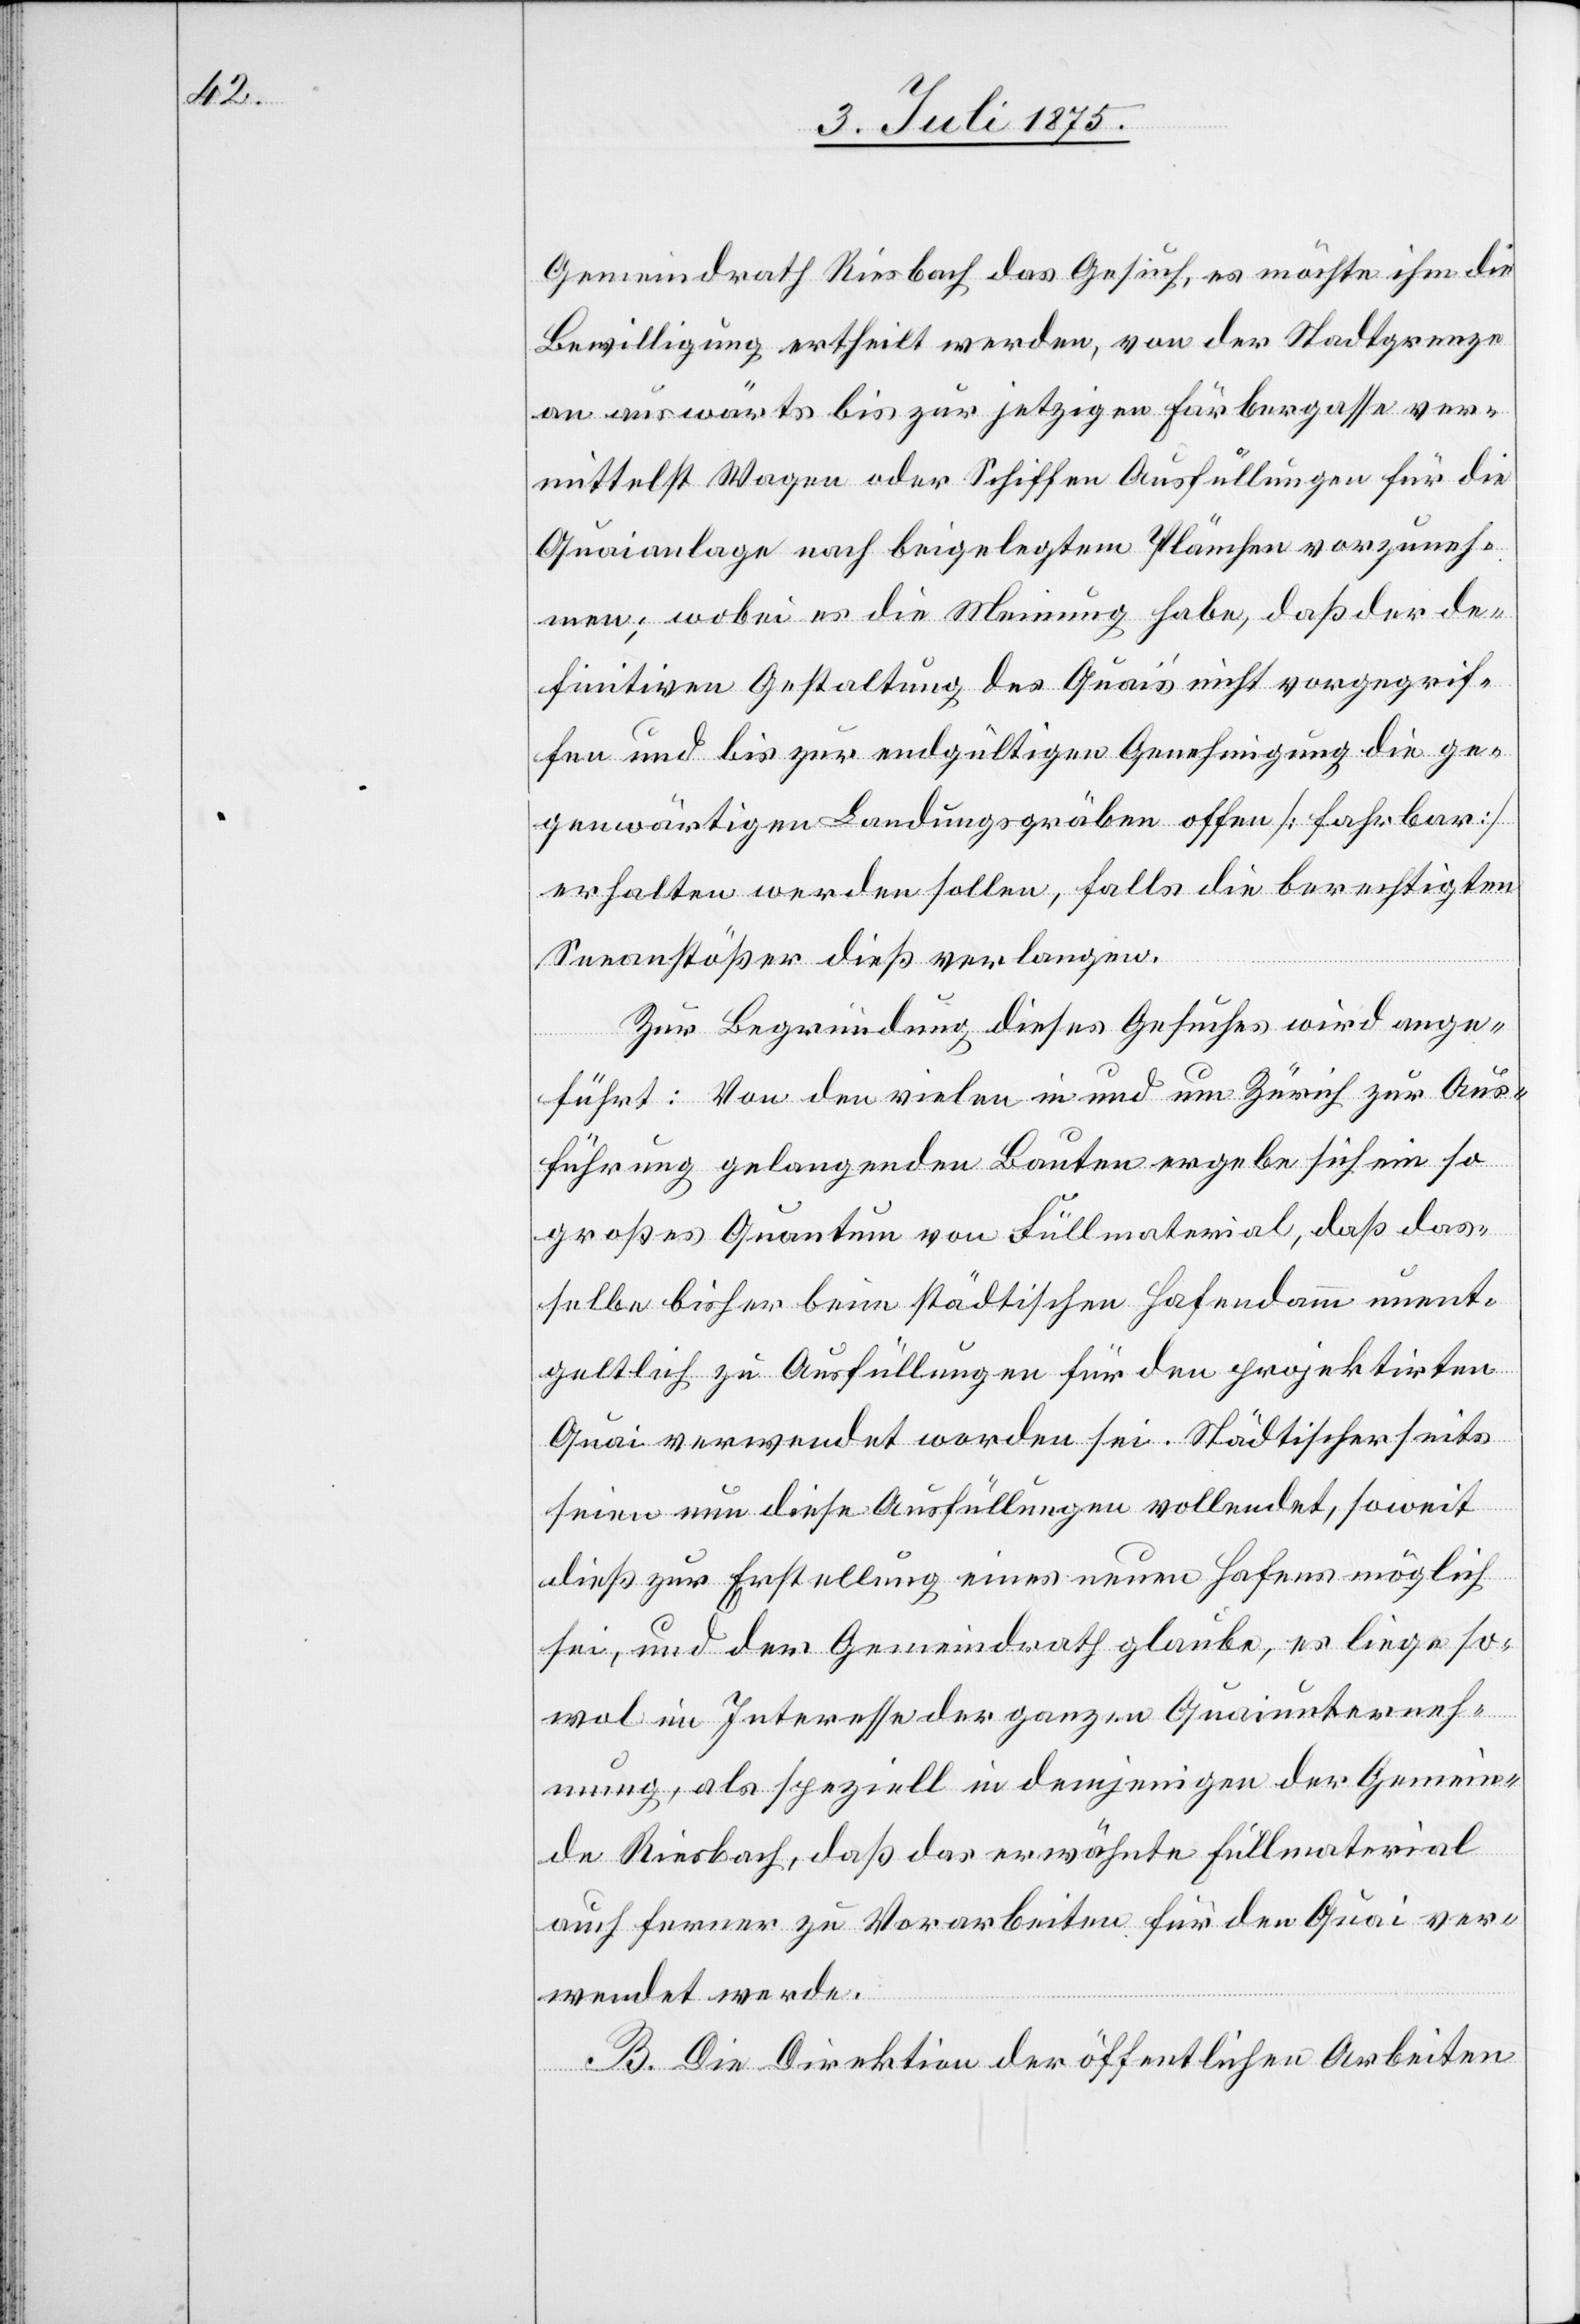
Gemeindrath Riesbach das Gesuch, es möchte ihm die
Bewilligung ertheilt werden, von der Stadtgrenze
an auswärts bis zur jetzigen Färbergasse ver¬
mittelst Wagen oder Schiffen Ausfüllungen für die
Quaianlage nach beigelegtem Plänchen vorzuneh¬
men; wobei es die Meinung habe, daß der de¬
finitiven Gestaltung des Quai’s nicht vorgegrif¬
fen und bis zur endgültigen Genehmigung die ge¬
genwärtigen Landungsgräben offen [fahrbar]
erhalten werden sollen, falls die berechtigten
Seeanstößer dieß verlangen.
Zur Begründung dieses Gesuches wird ange¬
führt: Von den vielen in und um Zürich zur Aus¬
führung gelangenden Bauten ergebe sich ein so
großes Quantum von Füllmaterial, daß das¬
selbe bisher beim städtischen Hafendamm unent¬
geltlich zu Ausfüllungen für den projektirten
Quai verwendet worden sei. Städtischerseits
seien nun diese Ausfüllungen vollendet, soweit
dieß zur Erstellung eines neuen Hafens möglich
sei, und der Gemeindrath glaube, es liege so¬
wol im Interesse der ganzen Quaiunterneh¬
mung, als speziell in demjenigen der Gemein¬
de Riesbach, daß das erwähnte Füllmaterial
auch ferner zu Vorarbeiten für den Quai ver¬
wendet werde.
B. Die Direktion der öffentlichen Arbeiten